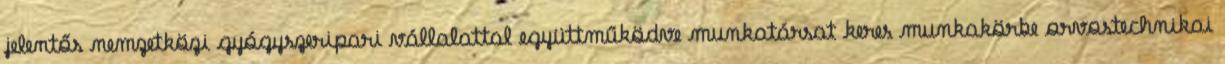
jelentős nemzetközi gyógyszeripari vállalattal együttműködve munkatársat keres munkakörbe orvostechnikai